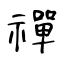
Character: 禪